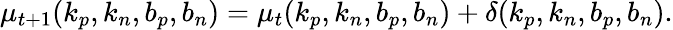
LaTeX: \begin{array}{r}{\mu_{t+1}(k_{p},k_{n},b_{p},b_{n})=\mu_{t}(k_{p},k_{n},b_{p},b_{n})+\delta(k_{p},k_{n},b_{p},b_{n}).}\end{array}